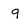
Character: q